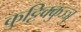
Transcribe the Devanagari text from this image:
कुट्टिक्कुञ्ञु